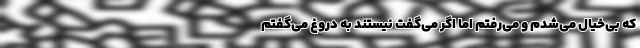
که بی‌خیال می‌شدم و می‌رفتم اما اگر می‌گفت نیستند به دروغ می‌گفتم